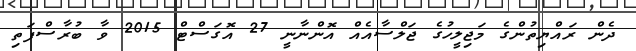
ދެން ރައްޔިތުންގެ މަޖިލީހުގެ ޖަލްސާއެއް އޮންނާނީ 27 އޮގަސްޓް 2015 ވާ ބުރާސްފަތި